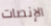
الإنصات